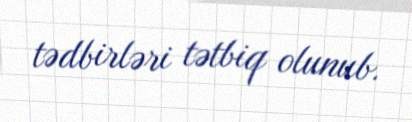
tədbirləri tətbiq olunub.